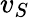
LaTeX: v_{S}